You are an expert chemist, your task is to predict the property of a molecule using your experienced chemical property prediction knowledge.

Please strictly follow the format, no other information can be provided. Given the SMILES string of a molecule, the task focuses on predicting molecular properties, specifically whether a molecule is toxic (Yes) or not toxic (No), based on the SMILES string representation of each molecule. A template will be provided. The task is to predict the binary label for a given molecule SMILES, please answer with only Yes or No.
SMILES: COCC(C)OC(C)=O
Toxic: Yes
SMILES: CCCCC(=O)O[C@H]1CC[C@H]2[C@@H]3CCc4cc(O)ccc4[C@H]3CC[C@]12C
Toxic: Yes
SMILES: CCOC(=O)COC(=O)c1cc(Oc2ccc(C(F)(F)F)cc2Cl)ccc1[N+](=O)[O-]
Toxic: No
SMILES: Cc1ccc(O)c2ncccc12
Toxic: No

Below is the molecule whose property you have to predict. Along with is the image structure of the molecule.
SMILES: CCC/C=C/C=C/C(=O)O[C@H]1/C(=C/C(=O)OC)C[C@H]2C[C@H]([C@@H](C)O)OC(=O)C[C@H](O)C[C@@H]3C[C@H](OC(C)=O)C(C)(C)[C@](O)(C[C@@H]4C/C(=C/C(=O)OC)C[C@H](C=CC(C)(C)[C@]1(O)O2)O4)O3
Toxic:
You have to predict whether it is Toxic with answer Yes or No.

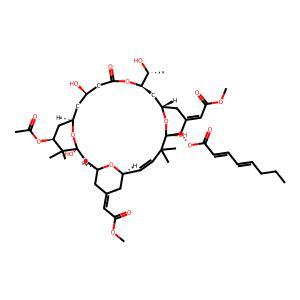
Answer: No